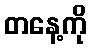
တနေ့ကို